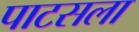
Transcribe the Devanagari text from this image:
पाटसला